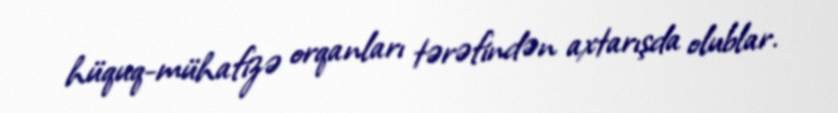
hüquq-mühafizə orqanları tərəfindən axtarışda olublar.